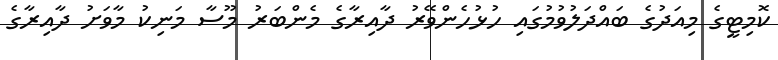
ކޮމިޓީގެ މިއަދުގެ ބައްދަލުވުމުގައި ހުޅުހެންވޭރު ދާއިރާގެ މެންބަރު މޫސާ މަނިކު މާވަށު ދާއިރާގެ